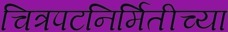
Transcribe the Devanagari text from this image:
चित्रपटनिर्मितीच्या